Epidemic dropsy in Calcutta - Number 49
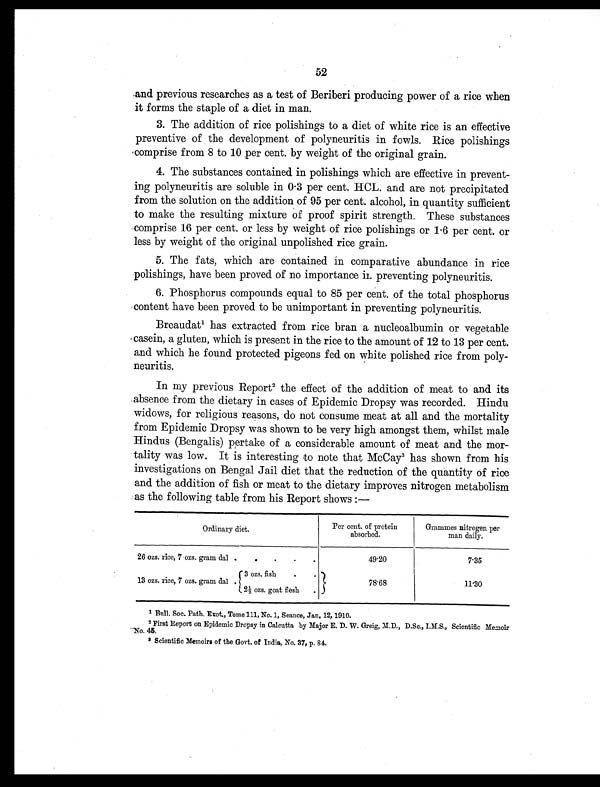
52
.and previous researches as a test of Beriberi producing power of a rice when
it forms the staple of a diet in man.
3. The addition of rice polishings to a diet of white rice is an effective
preventive of the development of polyneuritis in fowls. Rice polishings
comprise from 8 to 10 per cent. by weight of the original grain.
4. The substances contained in polishings which are effective in prevent
-ing polyneuritis are soluble in 0 . 3 per cent. HCL. and are not precipitated
from the solution on the addition of 95 per cent. alcohol, in quantity sufficient
to make the resulting mixture of proof spirit strength. These substances
comprise 16 per cent. or less by weight of rice polishings or 1 . 6 per cent. or
less by weight of the original unpolished rice grain.
5. The fats, which are contained in comparative abundance in rice
polishings, have been proved of no importance in preventing polyneuritis.
1. Phosphorus compounds equal to 85 per cent. of the total phosphorus
content have been proved to be unimportant in preventing polyneuritis.
Breaudat1 h a s e x t r a c t e d f r o m r i c e b r a n a n u c l e o a l b u m i n o r v e g e t a b l e
casein, a gluten, which is present in the rice to the amount of 12 to 13 per cent.
and which he found protected pigeons fed on white polished rice from poly-
neuritis.
In my previous Report2 t h e e f f e c t o f t h e a d d i t i o n o f m e a t t o a n d i t s
absence from the dietary in cases of Epidemic Dropsy was recorded. Hindu
widows, for religious reasons, do not consume meat at all and the mortality
from Epidemic Dropsy was shown to be very high amongst them, whilst male
Hindus (Bengalis) pertake of a considerable amount of meat and the mor
-tality was low. It is interesting to note that McCay 3 h a s s h o w n f r o m h i s
investigations on Bengal Jail diet that the reduction of the quantity of rice
and the addition of fish or meat to the dietary improves nitrogen metabolism
as the following table from his Report shows:—
Ordinary diet.
Per cent. of protein
absorbed.
Grammes nitrogen per
man daily.
26 ozs. rice, 7 ozs. gram dal .
.
.
.
.
49.20
7.35
13 ozs. rice, 7 ozs. gram dal .
3 ozs. fish
.
.
{2½ ozs. goat flesh.
78.68
11.30
1Bull. Soc. Path. Exot., Tome 111, No. 1, Seance, Jan. 12, 1910.
2
First Report on Epidemic Dropsy in Calcutta by Major E. D. W. Greig, M.D., D.Sc., I.M.S., Scientific Memoir
No. 45.
3Scientific Memoirs of the Govt. of India, No. 37, p. 84.